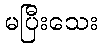
မပြီးသေး